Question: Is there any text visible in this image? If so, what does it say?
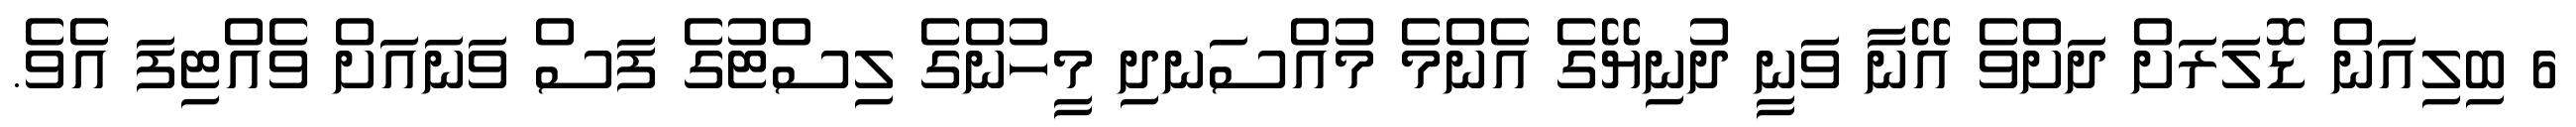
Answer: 6 ބިލިއަން ޑޮލަރަށް ދަށްވެ އޭނާ ވަނީ ދުނިޔޭގެ އެންމެ މުއްސަނދި މީހުންގެ ލިސްޓުގެ ފަސް ވަނައަށް ވެއްޓިފަ އެވެ.